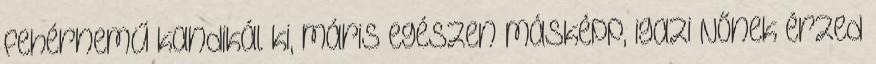
fehérnemű kandikál ki, máris egészen másképp, igazi NŐnek érzed